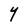
Character: Y